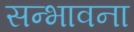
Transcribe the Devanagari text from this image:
सन्भावना